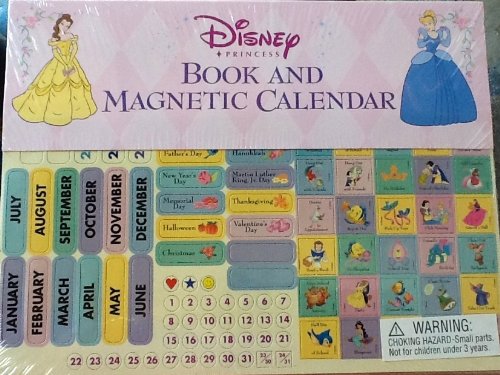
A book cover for Magnetic Disney Princess Calendar Book ~ Undated, Reusable Year After Year ~ Excellent Collection Gift; Calendars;